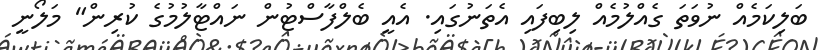
ބަލިކަމެއް ނުވަތަ ގެއްލުމެއް ލިބިފައި އެތަނުގައި. އެއީ ބެލްފާސްޓުން ނައްޓާލުމުގެ ކުރިން" މަލޯނީ